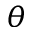
\theta